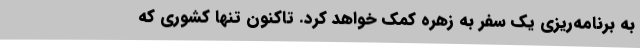
به برنامه‌ریزی یک سفر به زهره کمک خواهد کرد. تاکنون تنها کشوری که